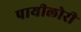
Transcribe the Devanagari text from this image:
पायीलोरी